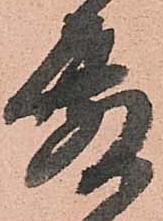
殿